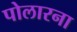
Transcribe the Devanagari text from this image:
पोलारना